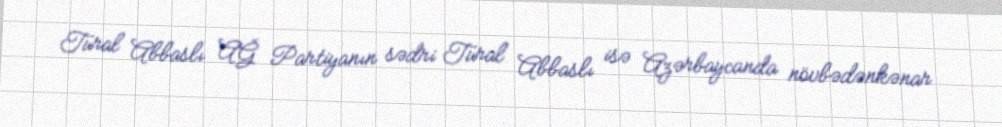
Tural Abbaslı AĞ Partiyanın sədri Tural Abbaslı isə Azərbaycanda növbədənkənar